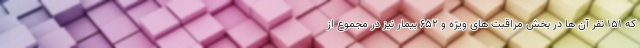
که ۱۵۱ نفر آن ها در بخش مراقبت های ویژه و ۶۵۲ بیمار نیز در مجموع از